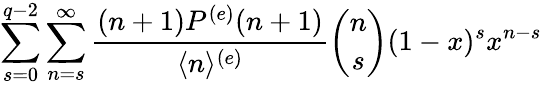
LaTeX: \sum_{s=0}^{q-2}\sum_{n=s}^{\infty}\frac{(n+1)P^{(e)}(n+1)}{\langle n\rangle^{(e)}}\binom{n}{s}(1-x)^{s}x^{n-s}